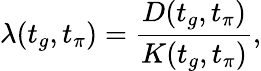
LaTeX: \lambda(t_{g},t_{\pi})=\frac{D(t_{g},t_{\pi})}{K(t_{g},t_{\pi})},